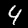
Label: 4